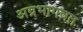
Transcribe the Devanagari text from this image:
अग्रभागवत